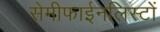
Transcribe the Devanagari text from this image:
सेमीफाईनलिस्टों